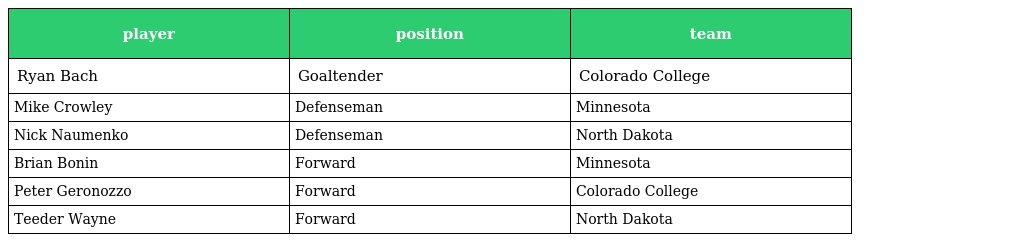
| player | position | team |
 | --- | --- | --- |
 | Ryan Bach | Goaltender | Colorado College |
 | Mike Crowley | Defenseman | Minnesota |
 | Nick Naumenko | Defenseman | North Dakota |
 | Brian Bonin | Forward | Minnesota |
 | Peter Geronozzo | Forward | Colorado College |
 | Teeder Wayne | Forward | North Dakota |